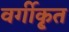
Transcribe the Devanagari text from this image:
वर्गीकृ्त